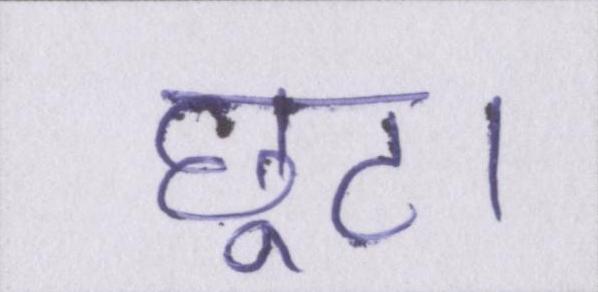
छूट।